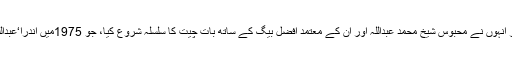
1973میں اندراگاندھی کی ایما پر انہوں نے محبوس شیخ محمد عبداللہ اور ان کے معتمد افضل بیگ کے ساتھ بات چیت کا سلسلہ شروع کیا، جو 1975میں اندرا‘عبداللہ اکارڈ کی صورت میں منتج ہوا۔